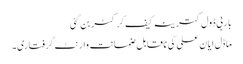
باربی ڈول کترینہ کیف کرکٹر بن گئی
ماڈل ایان علی کی ناقابل ضمانت وارنٹ گرفتاری۔